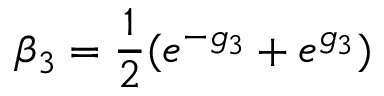
\beta _ { 3 } = \frac { 1 } { 2 } ( e ^ { - g _ { 3 } } + e ^ { g _ { 3 } } )